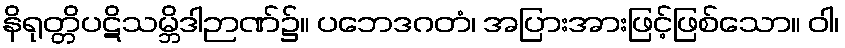
နိရုတ္တိပဋိသမ္ဘိဒါဉာဏ်၌။ ပဘေဒဂတံ၊ အပြားအားဖြင့်ဖြစ်သော။ ဝါ၊